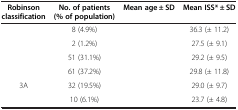
<table><thead><tr><td><b>Robinson classification</b></td><td><b>No. of patients (% of population)</b></td><td><b>Mean age ± SD</b></td><td><b>Mean ISS* ± SD</b></td></tr></thead><tbody><tr><td>[EMPTY_CELL]</td><td>8 (4.9%)</td><td>[EMPTY_CELL]</td><td>36.3 (± 11.2)</td></tr><tr><td>[EMPTY_CELL]</td><td>2 (1.2%)</td><td>[EMPTY_CELL]</td><td>27.5 (± 9.1)</td></tr><tr><td>[EMPTY_CELL]</td><td>51 (31.1%)</td><td>[EMPTY_CELL]</td><td>29.2 (± 9.5)</td></tr><tr><td>[EMPTY_CELL]</td><td>61 (37.2%)</td><td>[EMPTY_CELL]</td><td>29.8 (± 11.8)</td></tr><tr><td>3A</td><td>32 (19.5%)</td><td>[EMPTY_CELL]</td><td>29.0 (± 9.7)</td></tr><tr><td>[EMPTY_CELL]</td><td>10 (6.1%)</td><td>[EMPTY_CELL]</td><td>23.7 (± 4.8)</td></tr></tbody></table>